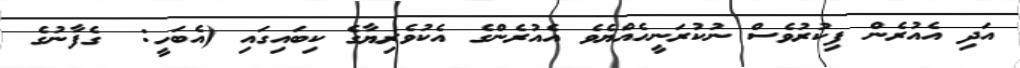
އަދި އެއުރެން ފިކުރުވެސް ނުކުރަނީހެއްޔެވެ އެއުރެންގެ އެކުވެރިޔާގެ ކިބައިގައި (އެބަހީ:  ގެފާނުގެ